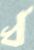
ধ